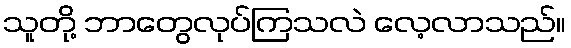
သူတို့ ဘာတွေလုပ်ကြသလဲ လေ့လာသည်။